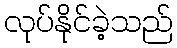
လုပ်နိုင်ခဲ့သည်